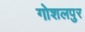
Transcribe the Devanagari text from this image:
गोशलपुर